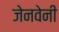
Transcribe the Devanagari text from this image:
जेनवेनी